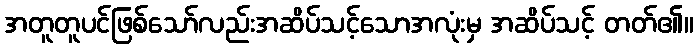
အတူတူပင်ဖြစ်သော်လည်းအဆိပ်သင့်သောအလုံးမှ အဆိပ်သင့် တတ်၏။